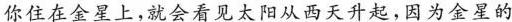
你住在金星上，就会看见太阳从西天升起，因为金星的